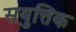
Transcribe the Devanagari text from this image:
सयुत्तिक